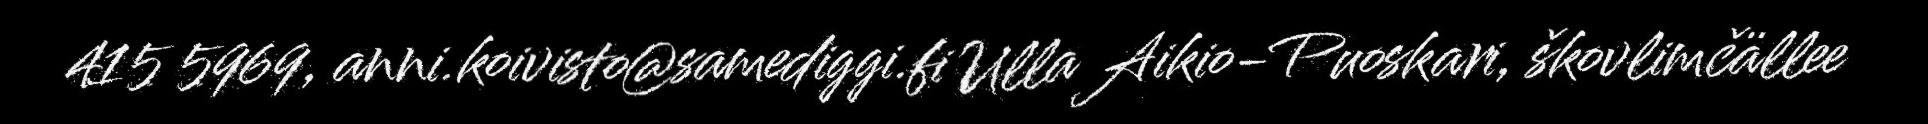
415 5969, anni.koivisto@samediggi.fi Ulla Aikio-Puoskari, škovlimčällee